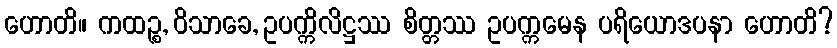
ဟောတိ။ ကထဉ္စ, ဝိသာခေ, ဥပက္ကိလိဋ္ဌဿ စိတ္တဿ ဥပက္ကမေန ပရိယောဒပနာ ဟောတိ?